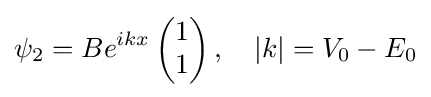
\psi _{2}=Be^{ikx}\left({\begin{matrix}1\\1\end{matrix}}\right),\quad \left|k\right|=V_{0}-E_{0}